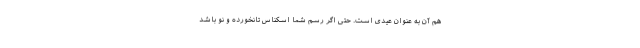
هم آن به عنوان عیدی است. حتی اگر رسم شما اسکناس تا‌نخورده و نو باشد